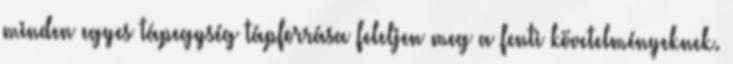
minden egyes tápegység tápforrása feleljen meg a fenti követelményeknek.